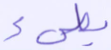
بطيء